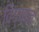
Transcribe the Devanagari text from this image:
विग्यान्